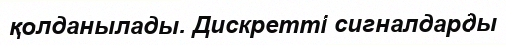
қолданылады. Дискретті сигналдарды